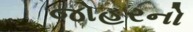
જોહરનો